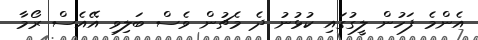
އެންމެ ފަހުން ލީގުގައި ކުޅުނު ދެ މެޗުން ވެސް ބަލިވި އޭއެސް ރޯމާ